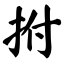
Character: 拊